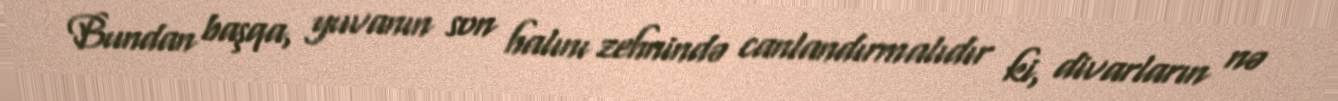
Bundan başqa, yuvanın son halını zehnində canlandırmalıdır ki, divarların nə